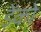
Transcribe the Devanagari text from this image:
ड़ेंको